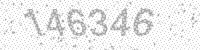
Solution: 146346